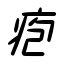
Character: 疱